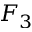
F _ { 3 }